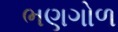
ભણગોળ